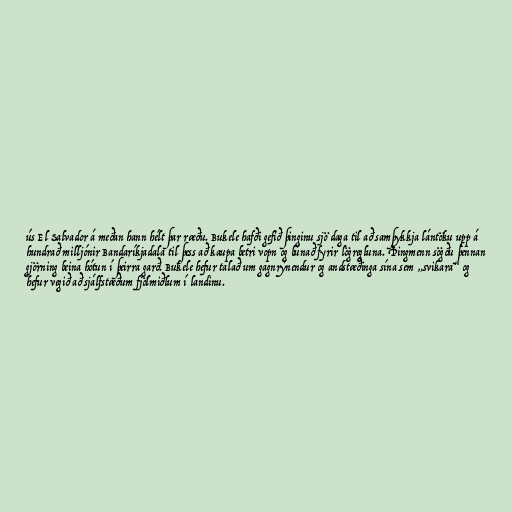
ús El Salvador á meðan hann hélt þar ræðu. Bukele hafði gefið þinginu sjö daga til að samþykkja lántöku upp á
hundrað milljónir Bandaríkjadala til þess að kaupa betri vopn og búnað fyrir lögregluna. Þingmenn sögðu þennan
gjörning beina hótun í þeirra garð. Bukele hefur talað um gagnrýnendur og andstæðinga sína sem „svikara“ og
hefur vegið að sjálfstæðum fjölmiðlum í landinu.